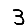
Digit: 3